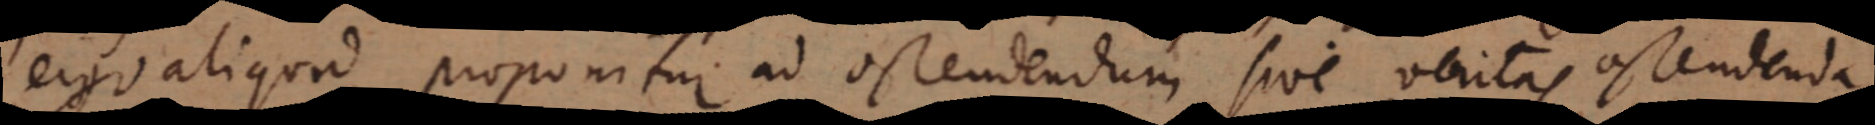
ergo aliquid proponitur ad ostendendum sive veritas ostendenda